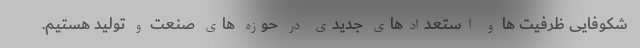
شکوفایی ظرفیت ها و استعدادهای جدیدی در حوزه های صنعت و تولید هستیم.